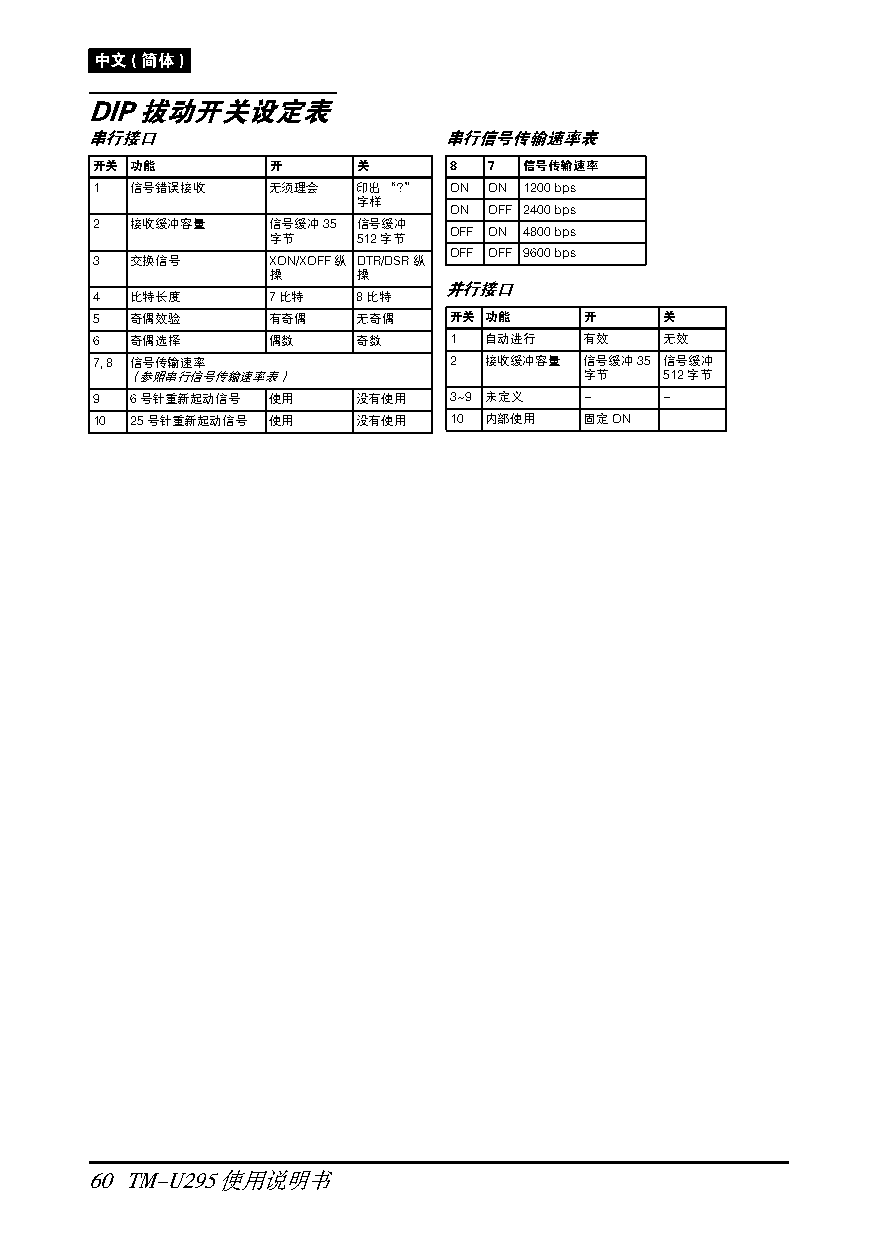
中文(简体)
 DIP拔动开关设定表
 串行接口                   串行信号传输速率表
 开关 功能       开     关     8 7  信号传输速率
 1  信号错误接收   无须理会  印出“?” ON ON 1200 bps
 字样
 ON OFF 2400 bps
 2  接收缓冲容量   信号缓冲35 信号缓冲
 OFF ON 4800 bps
 字节    512字节
 OFF OFF 9600 bps
 3  交换信号     XON/XOFF纵 DTR/DSR纵
 操     操
 并行接口
 4  比特长度     7比特   8比特
 5  奇偶效验     有奇偶   无奇偶   开关 功能    开    关
 6  奇偶选择     偶数    奇数    1 自动进行   有效   无效
 7, 8 信号传输速率             2 接收缓冲容量 信号缓冲35 信号缓冲
 （参照串行信号传输速率表）                  字节   512字节
 9  6号针重新起动信号 使用   没有使用  3~9 未定义  -    -
 10 25号针重新起动信号 使用  没有使用  10 内部使用  固定ON
 60 TM-U295使用说明书